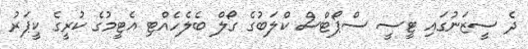
ދެ ސީޒަނުގައި ޓީސީ ސްޕޯޓްސް ކްލަބުގެ ގޯލް ބެލެހެއްޓި އެޓީމުގެ ކުރީގެ ކީޕަރު